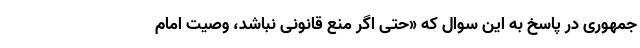
جمهوری در پاسخ به این سوال که «حتی اگر منع قانونی نباشد، وصیت امام